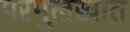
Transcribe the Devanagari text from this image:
परमुलखात